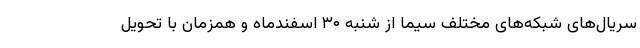
سریال‌های شبکه‌های مختلف سیما از شنبه ۳۰ اسفندماه و همزمان با تحویل